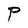
Character: P